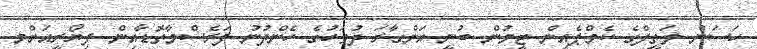
ހަސަން ލަތީފްގެ ކެމްޕެއިން ޓީމުން ބުނީ އަންގާރަ ދުވަހުގެ ހެންދުނު ފަރެސްމާތޮޑާއިން ފިޔޯރީއަށްމ